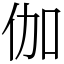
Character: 伽